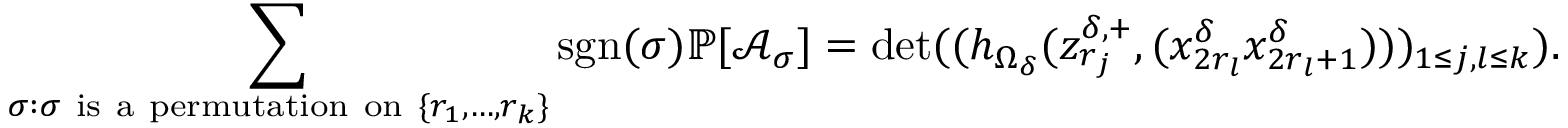
\sum _ { \sigma : \sigma \mathrm { ~ i s ~ a ~ p e r m u t a t i o n ~ o n ~ } \{ r _ { 1 } , \ldots , r _ { k } \} } \mathrm { s g n } ( \sigma ) \mathbb { P } [ \mathcal { A } _ { \sigma } ] = \operatorname* { d e t } ( ( h _ { \Omega _ { \delta } } ( z _ { r _ { j } } ^ { \delta , + } , ( x _ { 2 r _ { l } } ^ { \delta } x _ { 2 r _ { l } + 1 } ^ { \delta } ) ) ) _ { 1 \le j , l \le k } ) .